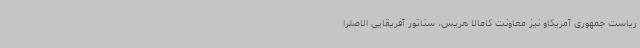
ریاست جمهوری آمریکاو نیز معاونت کامالا هریس، سناتور آفریقایی الاصلرا